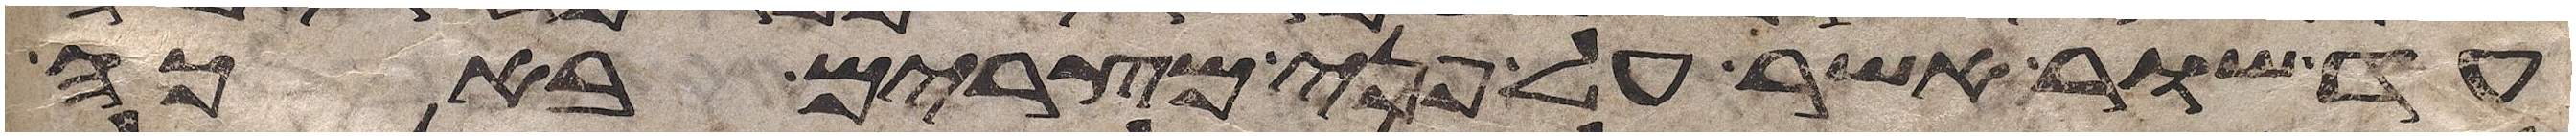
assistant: עד שור אשר על פני מצרים באכה